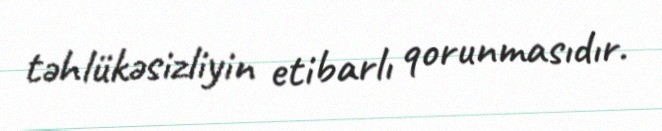
təhlükəsizliyin etibarlı qorunmasıdır.